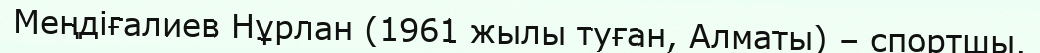
Меңдіғалиев Нұрлан (1961 жылы туған, Алматы) – спортшы.